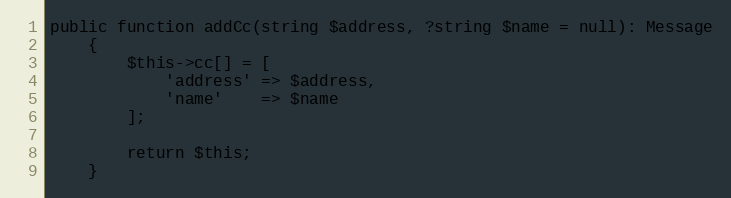
Language: PHP
public function addCc(string $address, ?string $name = null): Message
    {
        $this->cc[] = [
            'address' => $address,
            'name'    => $name
        ];

        return $this;
    }